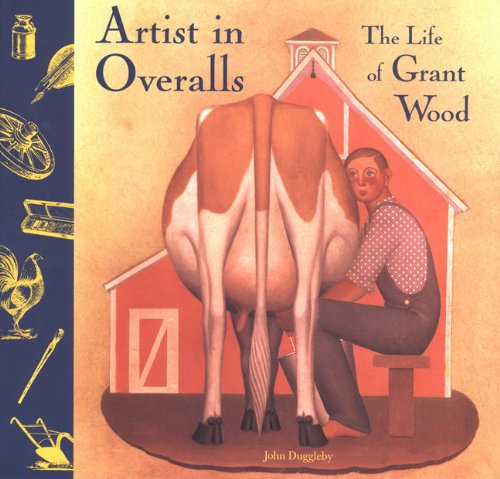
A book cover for Artist in Overalls: The Life of Grant Wood; John Duggleby; Teen & Young Adult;